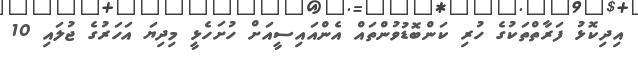
އިދިކޮޅު ފަރާތްތަކުގެ ހުރި ކަންބޮޑުވުންތައް އެންއައިސީއަށް ހުށަހެޅީ މިދިޔަ އަހަރުގެ ޖުލައި 10